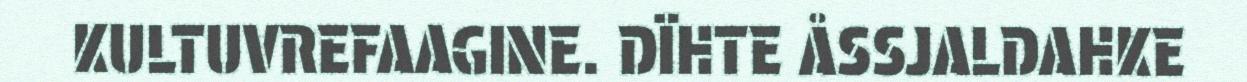
KULTUVREFAAGINE. DÏHTE ÅSSJALDAHKE